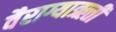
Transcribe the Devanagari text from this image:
वैराग्याऋत्ती